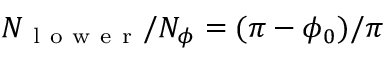
N _ { \mathrm { ~ l ~ o ~ w ~ e ~ r ~ } } / N _ { \phi } = ( \pi - \phi _ { 0 } ) / \pi